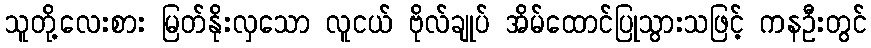
သူတို့လေးစား မြတ်နိုးလှသော လူငယ် ဗိုလ်ချုပ် အိမ်ထောင်ပြုသွားသဖြင့် ကနဦးတွင်